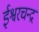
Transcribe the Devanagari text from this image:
ईश्वरचन्द्र